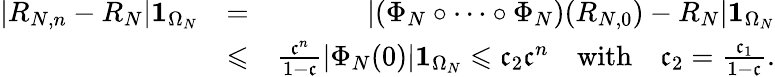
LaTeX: \begin{array}{rlr}{|R_{N,n}-R_{N}|\mathbf 1_{\Omega_{N}}}&{=}&{|(\Phi_{N}\circ\dots\circ\Phi_{N})(R_{N,0})-R_{N}|\mathbf 1_{\Omega_{N}}}\\ &{\leqslant}&{\frac{\mathfrak c^{n}}{1-\mathfrak c}|\Phi_{N}(0)|\mathbf 1_{\Omega_{N}}\leqslant\mathfrak c_{2}\mathfrak c^{n}\quad\mathrm{with}\quad\mathfrak c_{2}=\frac{\mathfrak c_{1}}{1-\mathfrak c}.}\end{array}